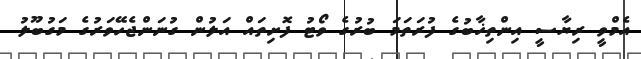
އެމްވީ ރިޔާސީ އިންތިޚާބުގެ ފުރަތަމަ ބުރުގެ ވޯޓު ފޮށިތައް އަލުން ގުނަންޖެހޭވަރުގެ މަގުބޫލު